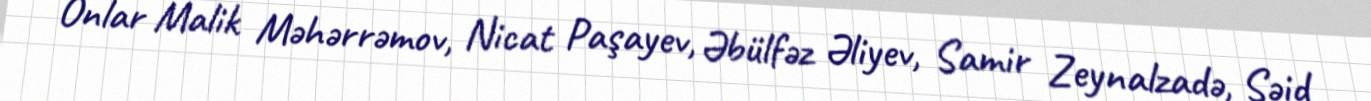
Onlar Malik Məhərrəmov, Nicat Paşayev, Əbülfəz Əliyev, Samir Zeynalzadə, Səid